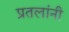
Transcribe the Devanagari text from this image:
प्रतलांनी